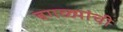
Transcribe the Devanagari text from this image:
बगळ्यांची